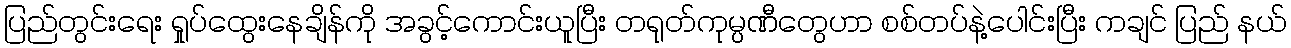
ပြည်တွင်းရေး ရှုပ်ထွေးနေချိန်ကို အခွင့်ကောင်းယူပြီး တရုတ်ကုမ္ပဏီတွေဟာ စစ်တပ်နဲ့ပေါင်းပြီး ကချင် ပြည် နယ်